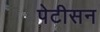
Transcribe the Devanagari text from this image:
पेटीसन